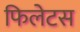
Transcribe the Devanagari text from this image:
फिलेटस